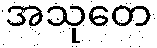
အသုတေ